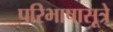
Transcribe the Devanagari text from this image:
परिभाषासूत्रे